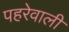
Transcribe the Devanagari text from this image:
पहरेवाली